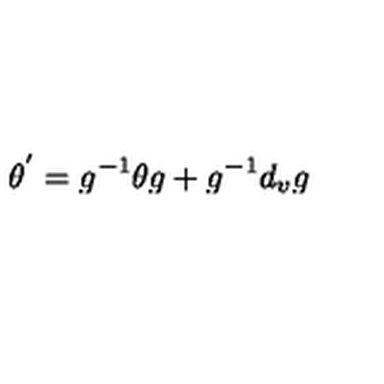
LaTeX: \theta ^ { ' } = g ^ { - 1 } \theta g + g ^ { - 1 } d _ { v } g